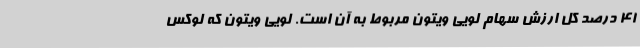
41 درصد کل ارزش سهام لویی ویتون مربوط به آن است. لویی ویتون که لوکس